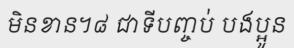
មិនខាន។៨ ជាទីបញ្ចប់ បងប្អូន